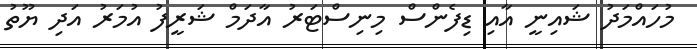
މުހައްމަދު ޝައިނީ އާއި ޑިފެންސް މިނިސްޓަރު އާދަމް ޝަރީފު އުމަރު އަދި ޔޫތު